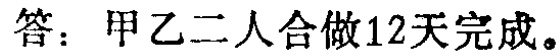
答：甲乙二人合做12天完成。